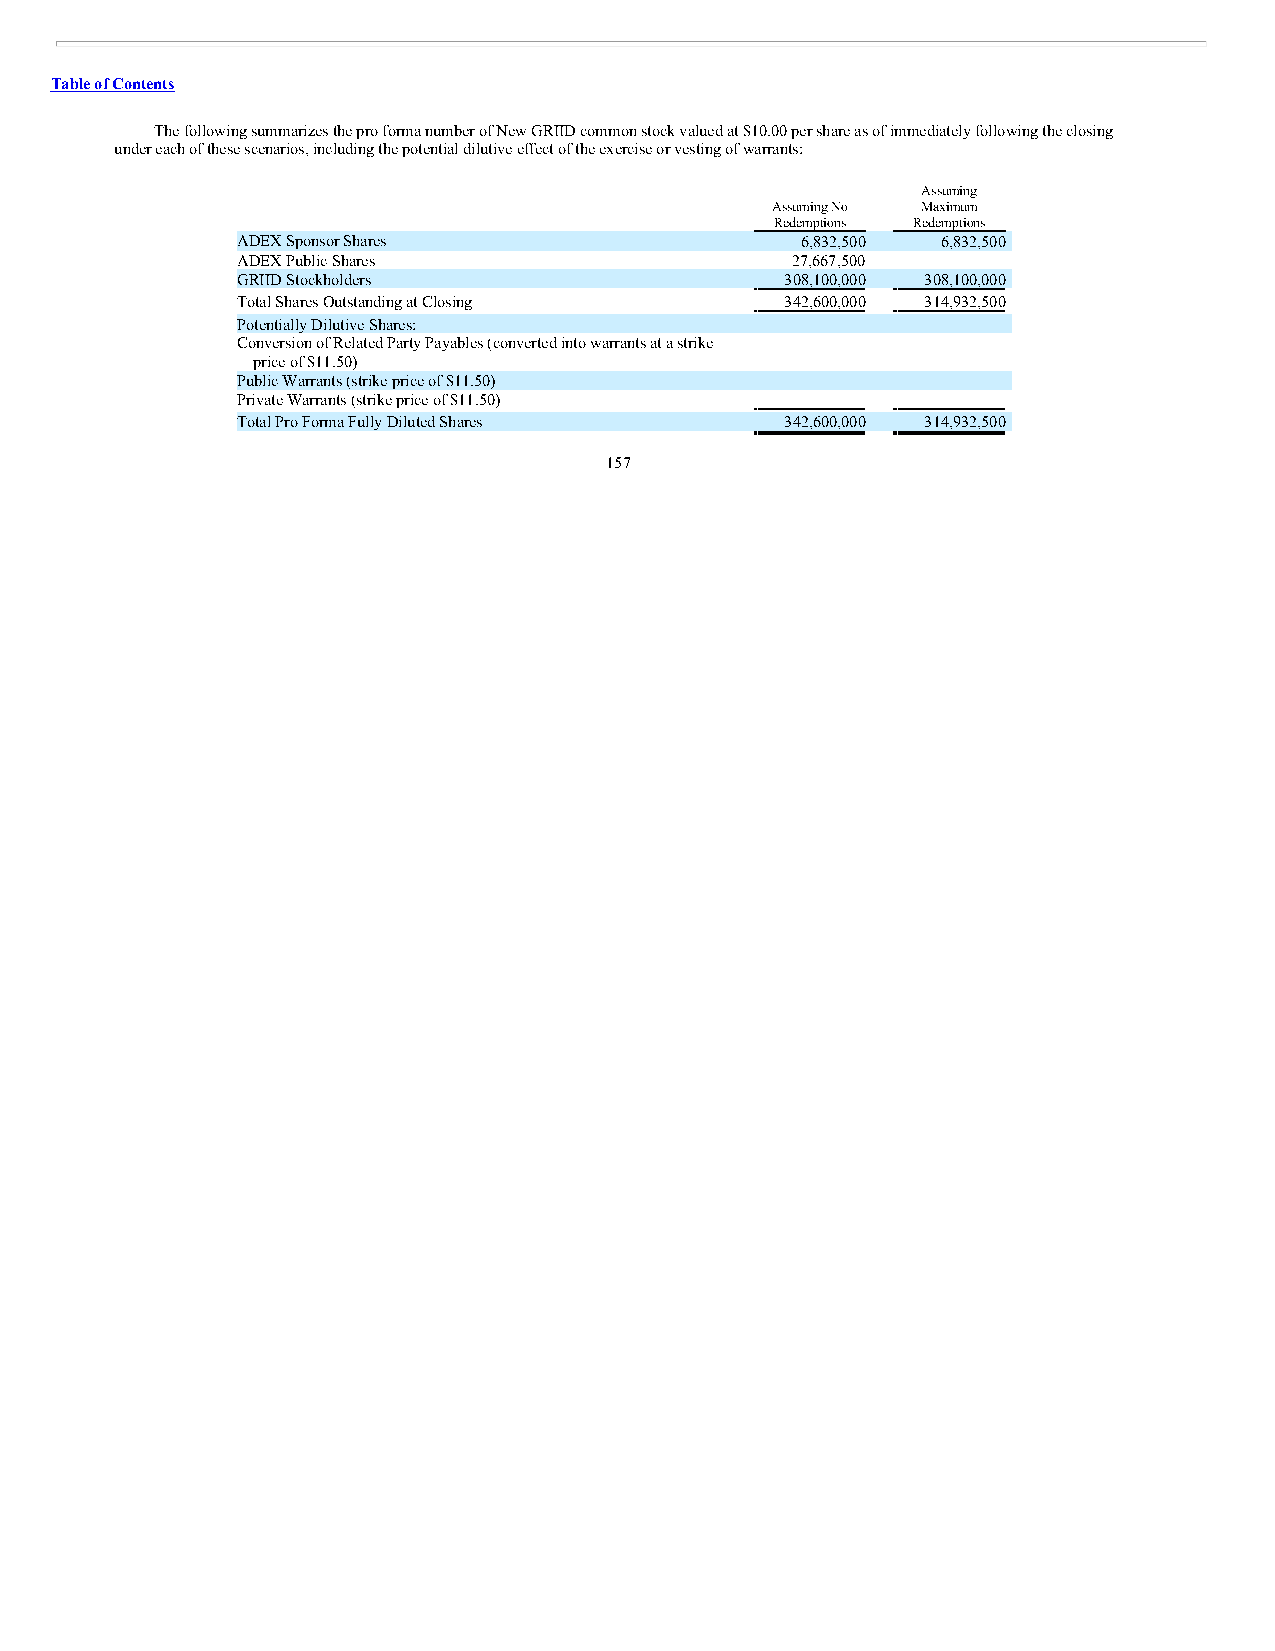
Table of Contents
 The following summarizes the pro forma number of New GRIID common stock valued at $10.00 per share as of immediately following the closing
 under each of these scenarios, including the potential dilutive effect of the exercise or vesting of warrants:
 Assuming
 Assuming No Maximum
 Redemptions Redemptions
 ADEX Sponsor Shares                  6,832,500 6,832,500
 ADEX Public Shares                  27,667,500   —
 GRIID Stockholders                  308,100,000 308,100,000
 Total Shares Outstanding at Closing 342,600,000 314,932,500
 Potentially Dilutive Shares:
 Conversion of Related Party Payables (converted into warrants at a strike
 price of $11.50)                       —        —
 Public Warrants (strike price of $11.50) —       —
 Private Warrants (strike price of $11.50) —      —
 Total Pro Forma Fully Diluted Shares 342,600,000 314,932,500
 157